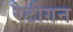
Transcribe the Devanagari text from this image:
रैटीगन